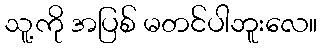
သူ့ကို အပြစ် မတင်ပါဘူးလေ။